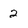
Character: 2